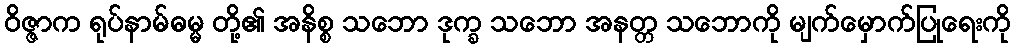
ဝိဇ္ဇာက ရုပ်နာမ်ဓမ္မ တို့၏ အနိစ္စ သဘော ဒုက္ခ သဘော အနတ္တ သဘောကို မျက်မှောက်ပြုရေးကို